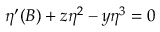
\eta ^ { \prime } ( B ) + z \eta ^ { 2 } - y \eta ^ { 3 } = 0